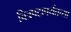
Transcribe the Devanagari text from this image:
चित्रपटापर्यंतच्या